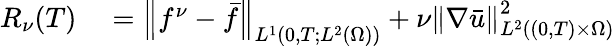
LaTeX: \begin{array}{rl}{R_{\nu}(T)}&{{}=\left\lVert f^{\nu}-\bar{f}\right\rVert_{L^{1}(0,T;L^{2}(\Omega))}+\nu\left\lVert\nabla\bar{u}\right\rVert_{L^{2}((0,T)\times\Omega)}^{2}}\end{array}